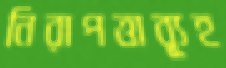
নিরাপত্তাব্যূহ